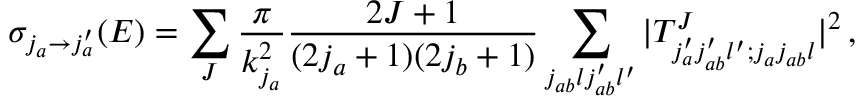
\sigma _ { j _ { a } \rightarrow j _ { a } ^ { \prime } } ( E ) = \sum _ { J } \frac { \pi } { k _ { j _ { a } } ^ { 2 } } \frac { 2 J + 1 } { ( 2 j _ { a } + 1 ) ( 2 j _ { b } + 1 ) } \sum _ { j _ { a b } l j _ { a b } ^ { \prime } l ^ { \prime } } | T _ { j _ { a } ^ { \prime } j _ { a b } ^ { \prime } l ^ { \prime } ; j _ { a } j _ { a b } l } ^ { J } | ^ { 2 } \, ,